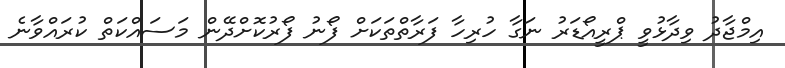
އިމްޖާދު ވިދާޅުވީ ޕްރީއޯޑަރު ނަގާ ހުރިހާ ފަރާތްތަކަށް ފޯނު ފޯރުކޮށްދޭން މަސައްކަތް ކުރައްވާނެ